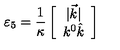
\varepsilon _ { 5 } = \frac { 1 } { \kappa } \left[ \begin{array} { c } { | \vec { k } | } \\ { k ^ { 0 } \hat { k } } \\ \end{array} \right]